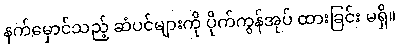
နက်မှောင်သည့် ဆံပင်များကို ပိုက်ကွန်အုပ် ထားခြင်း မရှိ။